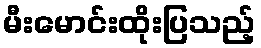
မီးမောင်းထိုးပြသည့်